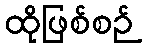
ထိုဖြစ်စဉ်